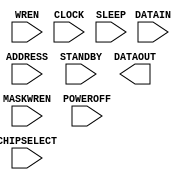
/* verilator lint_off UNUSED */
/* verilator lint_off UNDRIVEN */
(* blackbox *)
module SB_SPRAM256KA(
	input [13:0] ADDRESS,
	input [15:0] DATAIN,
	input [3:0] MASKWREN,
	input WREN,
	input CHIPSELECT,
	input CLOCK,
	input STANDBY,
	input SLEEP,
	input POWEROFF,
	output [15:0] DATAOUT
);
endmodule
/* verilator lint_on UNUSED */
/* verilator lint_on UNDRIVEN */